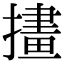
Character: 㩇